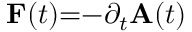
\mathbf { F } ( t ) { = } { - } \partial _ { t } \mathbf { A } ( t )